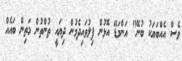
ވެސް އެއްބަޔަކު ބުނޭ" އަންމަޑޭ އޮޅުން ފިލުވައިދެމުން ދިޔައީ ތުންތުން މަތިން ބައެއް